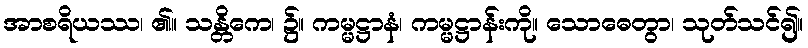
အာစရိယဿ၊ ၏။ သန္တိကေ၊ ၌။ ကမ္မဋ္ဌာနံ၊ ကမ္မဋ္ဌာန်းကို။ သောဓေတွာ၊ သုတ်သင်၍။